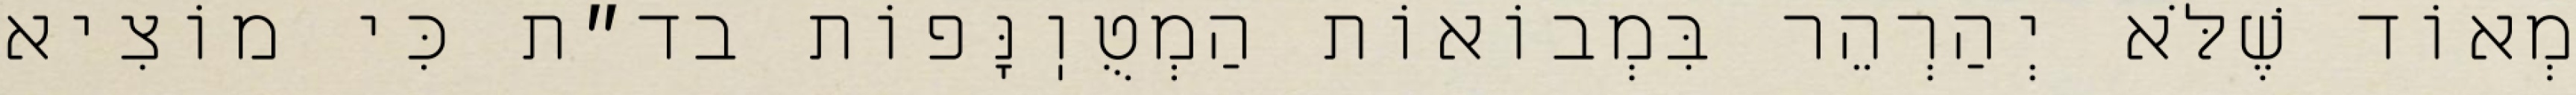
מְאוֹד שֶׁלֹּא יְהַרְהֵר בִּמְבוֹאוֹת הַמְטֻוֽנָּפוֹת בד״ת כִּי מוֹצִיא